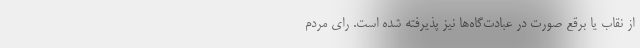
از نقاب یا برقع صورت در عبادت‌گاه‌ها نیز پذیرفته شده است. رای مردم